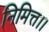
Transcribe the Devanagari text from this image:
निमित्त।।